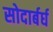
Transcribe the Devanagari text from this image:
सोदार्बर्घ